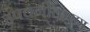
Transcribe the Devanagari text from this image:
उपवर्गीकरण